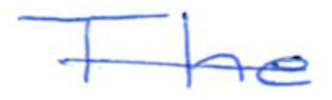
Text: The
Cross-out: single-line
Writing tool: ballpoint